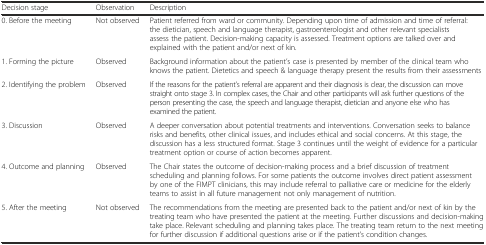
<table><thead><tr><td><b>Decision stage</b></td><td><b>Observation</b></td><td><b>Description</b></td></tr></thead><tbody><tr><td>0. Before the meeting</td><td>Not observed</td><td>Patient referred from ward or community. Depending upon time of admission and time of referral: the dietician, speech and language therapist, gastroenterologist and other relevant specialists assess the patient. Decision-making capacity is assessed. Treatment options are talked over and explained with the patient and/or next of kin.</td></tr><tr><td>1. Forming the picture</td><td>Observed</td><td>Background information about the patient’s case is presented by member of the clinical team who knows the patient. Dietetics and speech &amp; language therapy present the results from their assessments</td></tr><tr><td>2. Identifying the problem</td><td>Observed</td><td>If the reasons for the patient’s referral are apparent and their diagnosis is clear, the discussion can move straight onto stage 3. In complex cases, the Chair and other participants will ask further questions of the person presenting the case, the speech and language therapist, dietician and anyone else who has examined the patient.</td></tr><tr><td>3. Discussion</td><td>Observed</td><td>A deeper conversation about potential treatments and interventions. Conversation seeks to balance risks and benefits, other clinical issues, and includes ethical and social concerns. At this stage, the discussion has a less structured format. Stage 3 continues until the weight of evidence for a particular treatment option or course of action becomes apparent.</td></tr><tr><td>4. Outcome and planning</td><td>Observed</td><td>The Chair states the outcome of decision-making process and a brief discussion of treatment scheduling and planning follows. For some patients the outcome involves direct patient assessment by one of the FIMPT clinicians, this may include referral to palliative care or medicine for the elderly teams to assist in all future management not only management of nutrition.</td></tr><tr><td>5. After the meeting</td><td>Not observed</td><td>The recommendations from the meeting are presented back to the patient and/or next of kin by the treating team who have presented the patient at the meeting. Further discussions and decision-making take place. Relevant scheduling and planning takes place. The treating team return to the next meeting for further discussion if additional questions arise or if the patient’s condition changes.</td></tr></tbody></table>